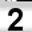
Digit: 2